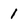
Character: 1